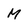
Character: M